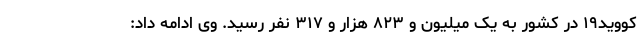
کووید۱۹ در کشور به یک میلیون و ۸۲۳ هزار و ۳۱۷ نفر رسید. وی ادامه داد: